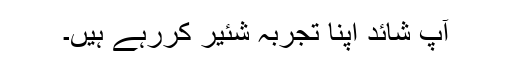
آپ شائد اپنا تجربہ شئیر کررہے ہیں۔